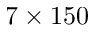
7 \times 1 5 0